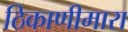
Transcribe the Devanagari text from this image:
ठिकाणीमारा